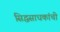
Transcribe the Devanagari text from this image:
सिद्धसाधकांची